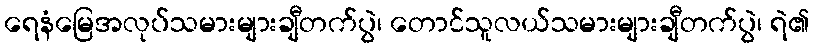
ရေနံမြေအလုပ်သမားများချီတက်ပွဲ၊ တောင်သူလယ်သမားများချီတက်ပွဲ၊ ရဲ၏